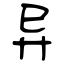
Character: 异